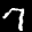
Label: 7